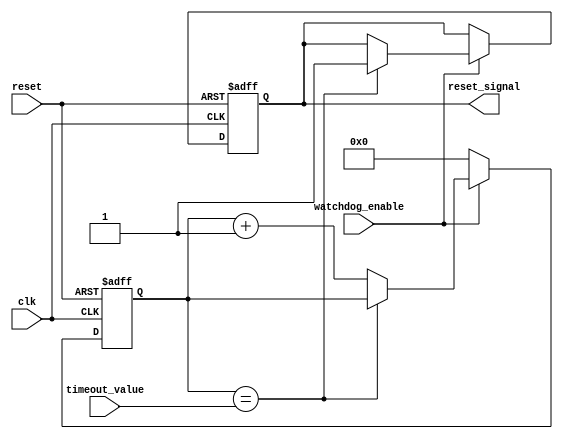
module watchdog_timer(
    input wire clk,
    input wire reset,
    input wire watchdog_enable,
    input wire [7:0] timeout_value,
    output reg reset_signal
);

reg [7:0] counter;

always @(posedge clk or posedge reset) begin
    if (reset) begin
        counter <= 8'b00000000;
        reset_signal <= 1'b0;
    end else if (watchdog_enable) begin
        if (counter == timeout_value) begin
            reset_signal <= 1'b1;
        end else begin
            counter <= counter + 1;
        end
    end else begin
        counter <= 8'b00000000;
    end
end

endmodule